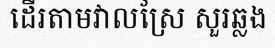
ដើរតាមវាលស្រែ សួរឆ្លង